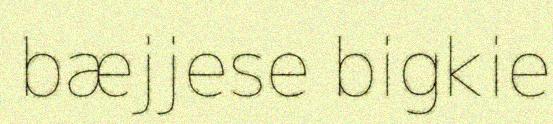
bæjjese bigkie